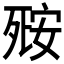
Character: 𬆘